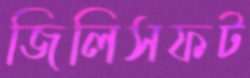
জিলিসফট